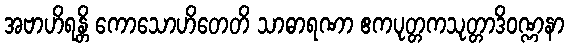
အဗာဟိရန္တိ ကောသောဟိတေတိ သာဓာရဏာ ဧကပုတ္တကသုတ္တာဒိဝဏ္ဏနာ